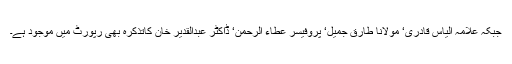
جبکہ علامہ الیاس قادری‘ مولانا طارق جمیل‘ پروفیسر عطاء الرحمن‘ ڈاکٹر عبدالقدیر خان کاتذکرہ بھی رپورٹ میں موجود ہے۔